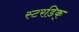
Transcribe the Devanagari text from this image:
स्टरडिक्